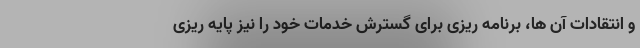
و انتقادات آن ها، برنامه ریزی برای گسترش خدمات خود را نیز پایه ریزی